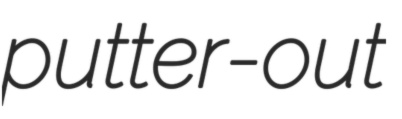
putter-out